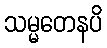
သမ္မတေနပိ